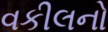
વકીલનો